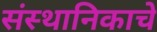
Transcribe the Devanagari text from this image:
संस्थानिकाचे